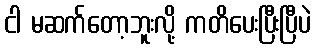
ငါ မဆက်တော့ဘူးလို့ ကတိပေးပြီးပြီပဲ